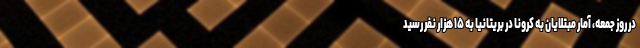
در روز جمعه، آمار مبتلایان به کرونا در بریتانیا به ۱۵ هزار نفر رسید